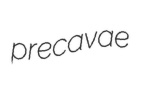
precavae